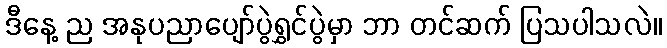
ဒီနေ့ ည အနုပညာပျော်ပွဲရွှင်ပွဲမှာ ဘာ တင်ဆက် ပြသပါသလဲ။